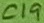
Text: C19